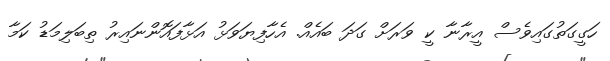
ހަގީގަތުގައިވެސް އީރާނާ ކީ ވަރަށް ގަދަ ބައެއް. އެހާފިޔަވަޅު އަޅާފައޮންނައިރު ތިބަލިމަޑު ކަމާ